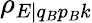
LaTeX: \rho_{E|q_{B}p_{B}k}